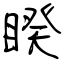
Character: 睽